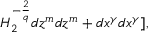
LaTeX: H _ { 2 } ^ { - \frac { 2 } { q } } d z ^ { m } d z ^ { m } + d x ^ { \gamma } d x ^ { \gamma } ] ,